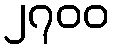
၂၇၀၀